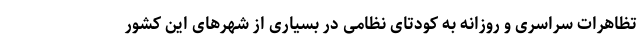
تظاهرات سراسری و روزانه به کودتای نظامی در بسیاری از شهرهای این کشور